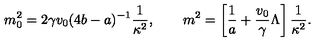
m _ { 0 } ^ { 2 } = 2 \gamma v _ { 0 } ( 4 b - a ) ^ { - 1 } \frac { 1 } { \kappa ^ { 2 } } , \qquad m ^ { 2 } = \left[ \frac { 1 } { a } + \frac { v _ { 0 } } { \gamma } \Lambda \right] \frac { 1 } { \kappa ^ { 2 } } .